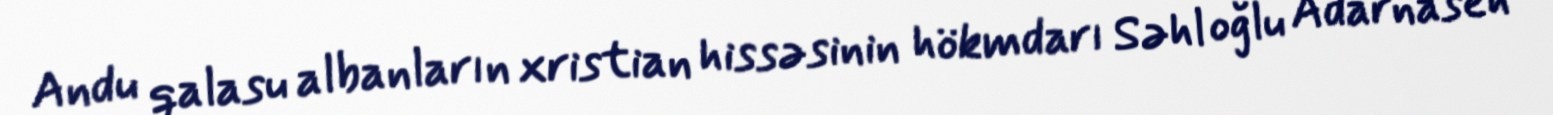
Andu qalasu albanların xristian hissəsinin hökmdarı Səhl oğlu Adarnaseh